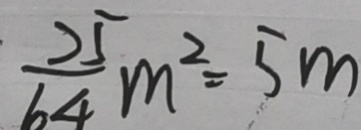
\frac { 2 5 } { 6 4 } m ^ { 2 } = 5 m